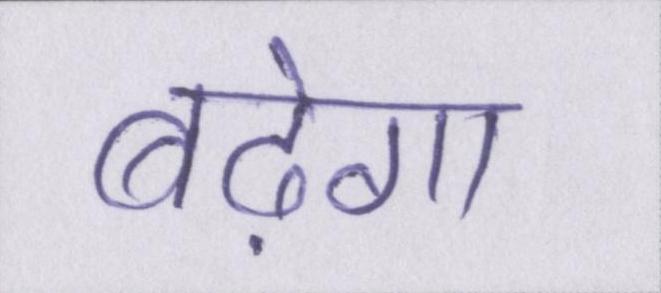
बढ़ेगा